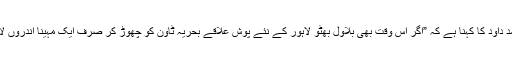
اندرون لاہور میں بھاٹی گیٹ میں رہنے والے ایک ڈرائیور محمد داؤد کا کہنا ہے کہ ”اگر اس وقت بھی بلاول بھٹو لاہور کے نئے پوش علاقے بحریہ ٹاؤن کو چھوڑ کر صرف ایک مہینا اندروں لاہور بھاٹی گیٹ میں آ کر ڈیرہ ڈال دے، تو لاہور فتح کر لے گا۔